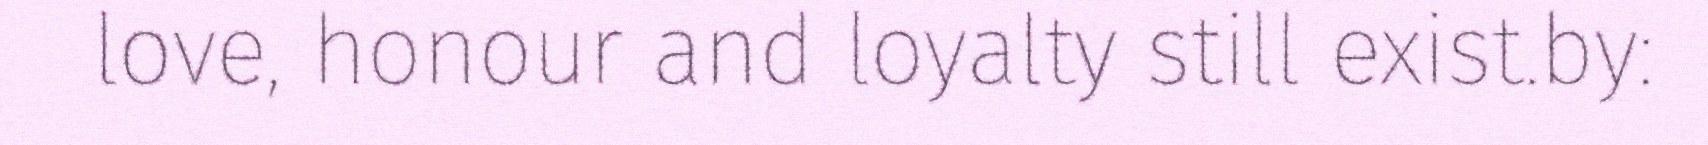
love, honour and loyalty still exist.by: